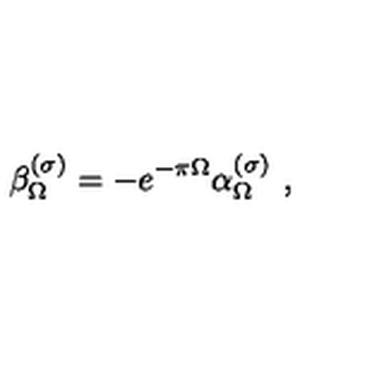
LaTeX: \beta _ { \Omega } ^ { ( \sigma ) } = - e ^ { - \pi \Omega } \alpha _ { \Omega } ^ { ( \sigma ) } \ ,